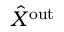
\hat { X } ^ { \mathrm { o u t } }